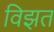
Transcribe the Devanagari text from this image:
विझत